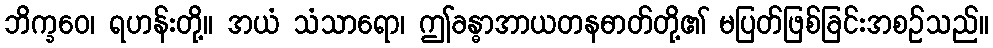
ဘိက္ခဝေ၊ ရဟန်းတို့။ အယံ သံသာရော၊ ဤခန္ဓာအာယတနဓာတ်တို့၏ မပြတ်ဖြစ်ခြင်းအစဉ်သည်။